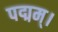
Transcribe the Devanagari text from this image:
पद्मम्।